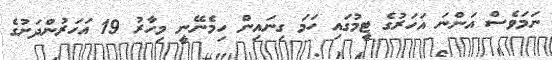
ނަމަވެސް އަންނަ އަހަރުގެ ޓީމުގައި ހަމަ ގިނައިން ހިމެނޭނީ މިހާރު 19 އަހަރުންދަށުގެ